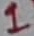
Text: 1